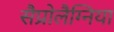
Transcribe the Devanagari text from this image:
सैप्रोलैग्निया